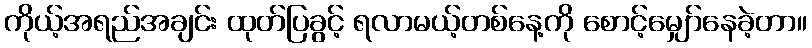
ကိုယ့်အရည်အချင်း ထုတ်ပြခွင့် ရလာမယ့်တစ်နေ့ကို စောင့်မျှော်နေခဲ့တာ။